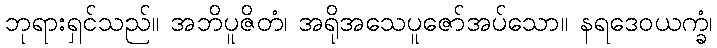
ဘုရားရှင်သည်။ အဘိပူဇိတံ၊ အရိုအသေပူဇော်အပ်သော။ နရဒေဝယက္ခံ၊